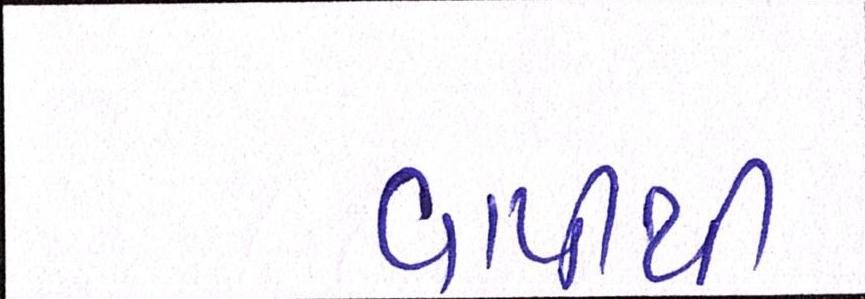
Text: વાપીથી